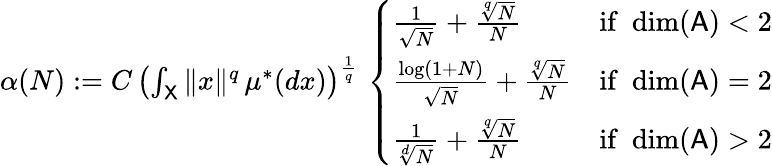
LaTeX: \begin{array}{r}{\alpha(N):=C\, \left(\int_{{\mathsf X}}\| x\| ^{q}\, \mu^{*}(dx)\right)^{\frac{1}{q}}\, \left\{ \begin{array}{ll}{\frac{1}{\sqrt{N}}+\frac{\sqrt[q]{N}}{N}}&{\mathrm{if}\, \, \dim({\mathsf A})<2}\\ {\frac{\log(1+N)}{\sqrt{N}}+\frac{\sqrt[q]{N}}{N}}&{\mathrm{if}\, \, \dim({\mathsf A})=2}\\ {\frac{1}{\sqrt[d]{N}}+\frac{\sqrt[q]{N}}{N}}&{\mathrm{if}\, \, \dim({\mathsf A})>2}\end{array}\right.}\end{array}